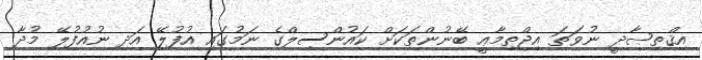
އިޤްތިޞާދީ ނުވަތަ އިޖްތިމާޢީ ބޭނުންތަކަށް ކައުންސިލްގެ ނަމުގައި އުފުލޭ އަދި ނުއުފުލޭ މުދާ